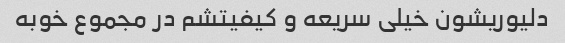
دلیوریشون خیلی سریعه و کیفیتشم در مجموع خوبه